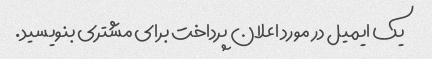
یک ایمیل در مورد اعلان پرداخت برای مشتری بنویسید.